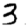
Digit: 3